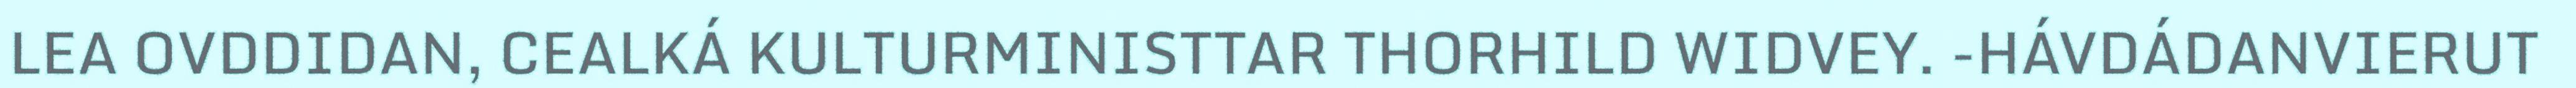
LEA OVDDIDAN, CEALKÁ KULTURMINISTTAR THORHILD WIDVEY. -HÁVDÁDANVIERUT